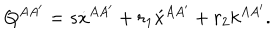
Q ^ { A A ^ { \prime } } = s \dot { x } { } ^ { A A ^ { \prime } } + r _ { 1 } \acute { x } { } ^ { A A ^ { \prime } } + r _ { 2 } k ^ { A A ^ { \prime } } .